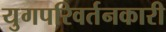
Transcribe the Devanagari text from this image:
युगपरिवर्तनकारी